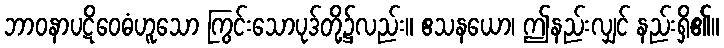
ဘာဝနာပဋိဝေဓံဟူသော ကြွင်းသောပုဒ်တို့၌လည်း။ ဧသနယော၊ ဤနည်းလျှင် နည်းရှိ၏။